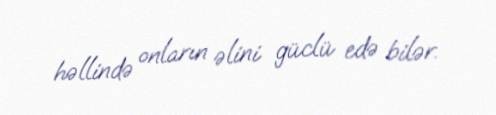
həllində onların əlini güclü edə bilər.